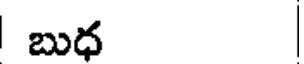
బుధ